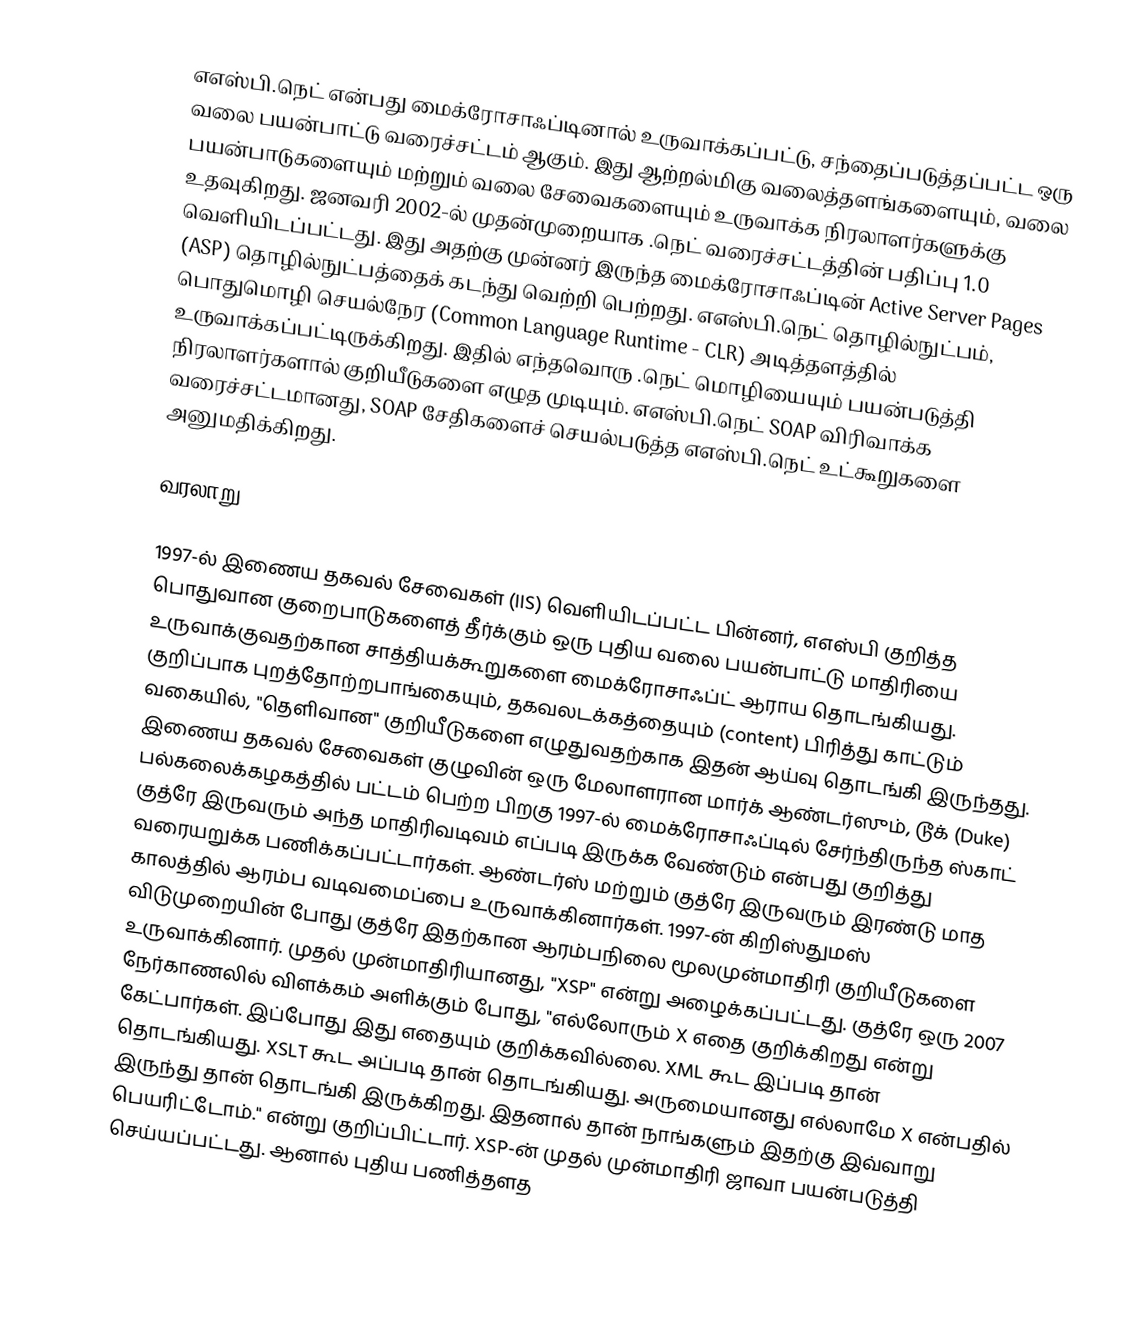
எஎஸ்பி.நெட் என்பது மைக்ரோசாஃப்டினால் உருவாக்கப்பட்டு, சந்தைப்படுத்தப்பட்ட ஒரு வலை பயன்பாட்டு வரைச்சட்டம் ஆகும். இது ஆற்றல்மிகு வலைத்தளங்களையும், வலை பயன்பாடுகளையும் மற்றும் வலை சேவைகளையும் உருவாக்க நிரலாளர்களுக்கு உதவுகிறது. ஜனவரி 2002-ல் முதன்முறையாக .நெட் வரைச்சட்டத்தின் பதிப்பு 1.0 வெளியிடப்பட்டது. இது அதற்கு முன்னர் இருந்த மைக்ரோசாஃப்டின் Active Server Pages (ASP) தொழில்நுட்பத்தைக் கடந்து வெற்றி பெற்றது. எஎஸ்பி.நெட் தொழில்நுட்பம், பொதுமொழி செயல்நேர (Common Language Runtime - CLR) அடித்தளத்தில் உருவாக்கப்பட்டிருக்கிறது. இதில் எந்தவொரு .நெட் மொழியையும் பயன்படுத்தி நிரலாளர்களால் குறியீடுகளை எழுத முடியும். எஎஸ்பி.நெட் SOAP விரிவாக்க வரைச்சட்டமானது, SOAP சேதிகளைச் செயல்படுத்த எஎஸ்பி.நெட் உட்கூறுகளை அனுமதிக்கிறது.

வரலாறு

1997-ல் இணைய தகவல் சேவைகள் (IIS) வெளியிடப்பட்ட பின்னர், எஎஸ்பி குறித்த பொதுவான குறைபாடுகளைத் தீர்க்கும் ஒரு புதிய வலை பயன்பாட்டு மாதிரியை உருவாக்குவதற்கான சாத்தியக்கூறுகளை மைக்ரோசாஃப்ட் ஆராய தொடங்கியது. குறிப்பாக புறத்தோற்றபாங்கையும், தகவலடக்கத்தையும் (content) பிரித்து காட்டும் வகையில், "தெளிவான" குறியீடுகளை எழுதுவதற்காக இதன் ஆய்வு தொடங்கி இருந்தது. இணைய தகவல் சேவைகள் குழுவின் ஒரு மேலாளரான மார்க் ஆண்டர்ஸும், டூக் (Duke) பல்கலைக்கழகத்தில் பட்டம் பெற்ற பிறகு 1997-ல் மைக்ரோசாஃப்டில் சேர்ந்திருந்த ஸ்காட் குத்ரே இருவரும் அந்த மாதிரிவடிவம் எப்படி இருக்க வேண்டும் என்பது குறித்து வரையறுக்க பணிக்கப்பட்டார்கள். ஆண்டர்ஸ் மற்றும் குத்ரே இருவரும் இரண்டு மாத காலத்தில் ஆரம்ப வடிவமைப்பை உருவாக்கினார்கள். 1997-ன் கிறிஸ்துமஸ் விடுமுறையின் போது குத்ரே இதற்கான ஆரம்பநிலை மூலமுன்மாதிரி குறியீடுகளை உருவாக்கினார்.  முதல் முன்மாதிரியானது, "XSP" என்று அழைக்கப்பட்டது. குத்ரே ஒரு 2007 நேர்காணலில் விளக்கம் அளிக்கும் போது, "எல்லோரும் X எதை குறிக்கிறது என்று கேட்பார்கள். இப்போது இது எதையும் குறிக்கவில்லை. XML கூட இப்படி தான் தொடங்கியது. XSLT கூட அப்படி தான் தொடங்கியது. அருமையானது எல்லாமே X என்பதில் இருந்து தான் தொடங்கி இருக்கிறது. இதனால் தான் நாங்களும் இதற்கு இவ்வாறு பெயரிட்டோம்." என்று குறிப்பிட்டார். XSP-ன் முதல் முன்மாதிரி ஜாவா பயன்படுத்தி செய்யப்பட்டது. ஆனால் புதிய பணித்தளத